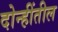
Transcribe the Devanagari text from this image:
दोन्हींतील